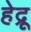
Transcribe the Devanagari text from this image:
हेद्रू